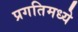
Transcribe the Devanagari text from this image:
प्रगतिमध्ये